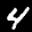
Label: 4